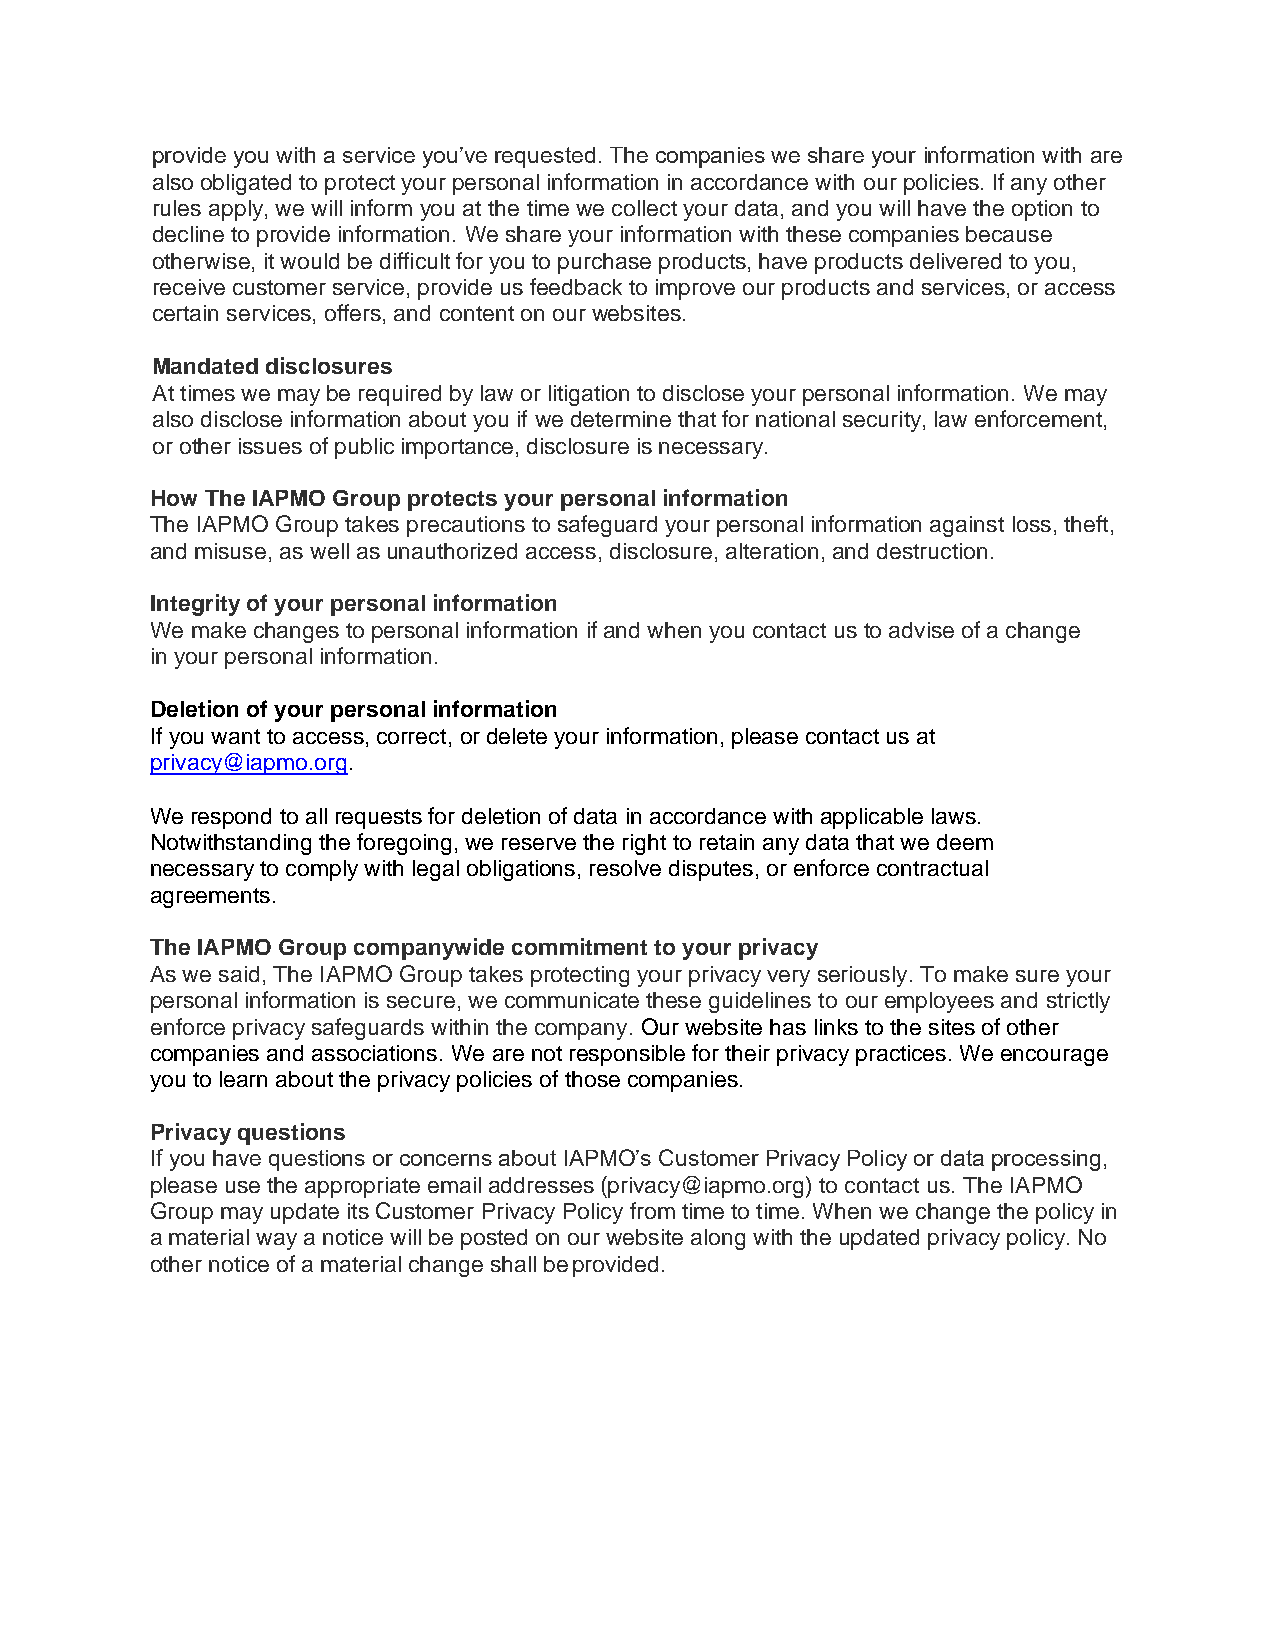
provide you with a service you’ve requested. The companies we share your information with are
 also obligated to protect your personal information in accordance with our policies. If any other
 rules apply, we will inform you at the time we collect your data, and you will have the option to
 decline to provide information. We share your information with these companies because
 otherwise, it would be difficult for you to purchase products, have products delivered to you,
 receive customer service, provide us feedback to improve our products and services, or access
 certain services, offers, and content on our websites.
 Mandated disclosures
 At times we may be required by law or litigation to disclose your personal information. We may
 also disclose information about you if we determine that for national security, law enforcement,
 or other issues of public importance, disclosure is necessary.
 How The IAPMO Group protects your personal information
 The IAPMO Group takes precautions to safeguard your personal information against loss, theft,
 and misuse, as well as unauthorized access, disclosure, alteration, and destruction.
 Integrity of your personal information
 We make changes to personal information if and when you contact us to advise of a change
 in your personal information.
 Deletion of your personal information
 If you want to access, correct, or delete your information, please contact us at
 privacy@iapmo.org.
 We respond to all requests for deletion of data in accordance with applicable laws.
 Notwithstanding the foregoing, we reserve the right to retain any data that we deem
 necessary to comply with legal obligations, resolve disputes, or enforce contractual
 agreements.
 The IAPMO Group companywide commitment to your privacy
 As we said, The IAPMO Group takes protecting your privacy very seriously. To make sure your
 personal information is secure, we communicate these guidelines to our employees and strictly
 enforce privacy safeguards within the company. Our website has links to the sites of other
 companies and associations. We are not responsible for their privacy practices. We encourage
 you to learn about the privacy policies of those companies.
 Privacy questions
 If you have questions or concerns about IAPMO’s Customer Privacy Policy or data processing,
 please use the appropriate email addresses (privacy@iapmo.org) to contact us. The IAPMO
 Group may update its Customer Privacy Policy from time to time. When we change the policy in
 a material way a notice will be posted on our website along with the updated privacy policy. No
 other notice of a material change shall be provided.